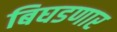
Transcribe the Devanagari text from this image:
बिघडणार